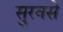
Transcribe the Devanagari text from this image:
सुरवसे